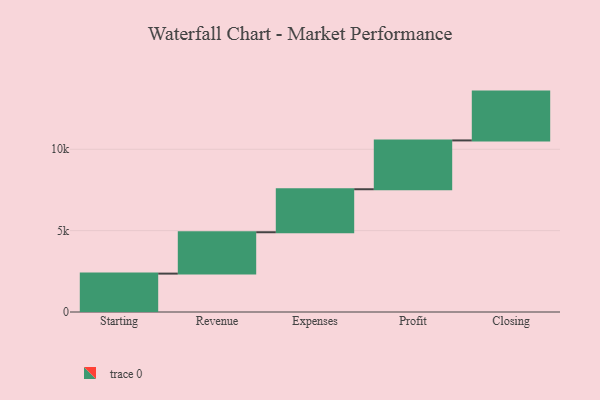
{"axis": {"x": "Step", "y": "Value"}, "legend": [""], "data": [{"x": "Starting", "y": 2359.0, "type": ""}, {"x": "Revenue", "y": 2542.0, "type": ""}, {"x": "Expenses", "y": 2642.0, "type": ""}, {"x": "Profit", "y": 3000, "type": ""}, {"x": "Closing", "y": 3000, "type": ""}]}